Civil Veterinary Dept. Assam report 1927-50 - 1927-1950
Year: 1927
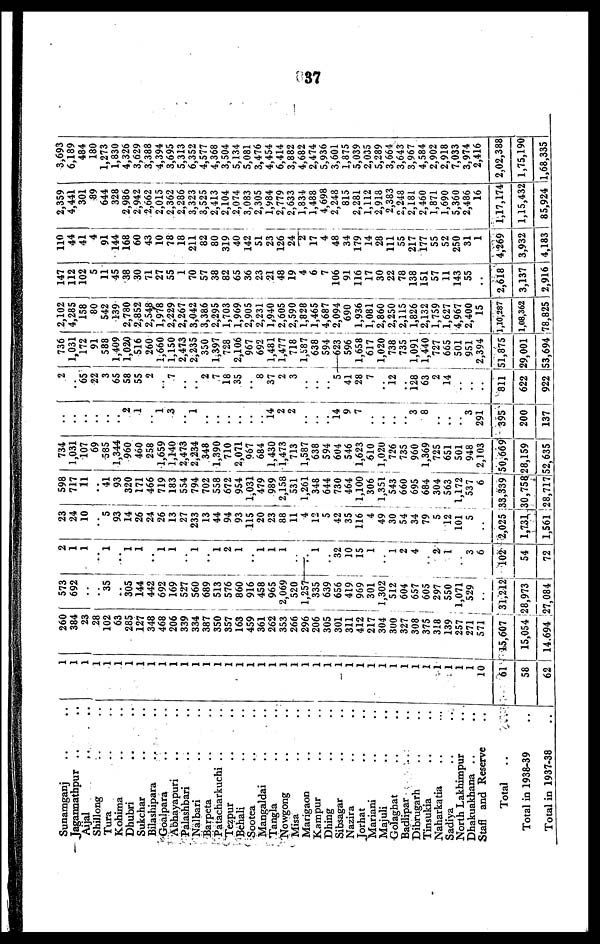
37
Sunamganj .. ..
Jagannathpur .. ..
Aijal
..
..
Shillong .. ..
Tura .. ..
Kohima .. ..
Dhubri .. ..
Sukchar .. ..
Bilashipara .. ..
Goalpara .. ..
Abhayapuri .. ..
Palashbari .. ..
Nalbari .. ..
Barpeta .. ..
Patacharkuchi .. ..
Tezpur .. ..
Behali .. ..
Sootea .. ..
Mangaldai
..
..
Tangla .. ..
Nowgong .. ..
Misa .. ..
Marigaon .. ..
Kampur .. ..
Dhing .. ..
Sibsagar .. ..
Nazira .. ..
Jorhat .. ..
Mariani .. ..
Majuli .. ..
Golagbat .. ..
Badlipar .. ..
Dibrugarh
..
..
Tinsukja
.. ..
Naharkatia
..
..
Sadiya
.. ..
North Lakhimpur
..
Dbakuakhana ..
..
Staff and Reserve ..
Total .. ..
Total in 1938-39 ..
Total in 1937-38
..
1
1
1
1
1
1
1
1
1
1
1
1
1
1
1
1
1
1
1
1
1
1
1
1
1
1
1
1
1
1
1
1
1
1
1
1
1
1
10
61
58
62
260
384
23
28
102
63
285
127
348
468
206
339
334
387
350
357
163
459
361
262
353
266
296
206
305
301
311
412
217
304
300
327
308
375
318
139
257
271
571
15,607
15,054
14.694
573
692
..
..
35
..
305
144
442
692
169
527
560
689
513
576
860
916
458
965
2,069
520
1,257
335
639
656
419
969
301
1,302
512
604
657
605
297
550
1,071
529
..
31,212
8,973
7,084
2
1
1
..
1
....
1
1
..
1
1
..
1
..
1
2
1
..
1
1
1
..
....
1
..
32
10
15
1
..
1
2
4
..
2
1
..
3
6
102
54
72
23
24
10
..
5
93
14
26
24
26
13
27
233
13
44
94
93
115
20
23
88
11
4
12
5
42
35
116
4
49
30
54
34
79
5
12
101
5
..
2,025
1,731
1,561
598
717
11
..
41
93
320
171
466
719
183
554
794
702
558
672
954
1,031
479
989
2,158
531
1,261
348
644
730
464
1,100
306
1,351
543
660
695
684
304
563
1,172
537
6
33,339
30,758
28,717
734
1,031
107
69
585
1,344
960
460
258
1,659
1,140
2,473
2,234
348
1,390
710
2,071
967
684
1,430
1,473
713
1,587
638
594
604
546
1,623
610
1,020
726
735
960
1,369
725
651
501
948
2,103
50,669
28,159
62,635
..
..
..
..
..
..
2
1
..
1
3
..
1
..
..
..
..
..
..
14 2
2
..
..
..
14
9
7
..
..
..
..
3
8
..
..
..
3
291
395
200
137
2
..
65
22
3
65
58
55
2
..
7
2
7
18
35
..
8
37
2
3
..
..
..
5
41
28
7
..
12
..
128
63
2
14
..
..
..
811
622
922
736
1,031
172
91
588
1,409
1,020
516
260
1,660
1,150
2,473
2,235
350
1,397
728
2,106
967
692
1,481
1,477
718
1,587
638
594
623
596
1,658
617
1,020
738
735
1,091
1,440
727
665
501
951
2,394
51,875
29,001
53,694
2,102
4,285
158
80
542
139
2,780
2,852
2,548
1,978
2,229
2,267
3,042
3,386
2,295
1,703
1,969
2,905
2,231
1,940
2,605
2,590
1,828
1,465
4,687
2,094
690
1,936
1,081
2,860
2,250
2,115
1,826
2,132
1,759
1,627
4,967
2,400
15
1,10,287
1,08,362
78,825
147
112
102
5
11
45
38
30
71
27
55
1
70
57
38
82
65
36
23
21
48
19
4
6
7
106
91
116
17
30
22
78
138
151
57
11
143
55
..
2,618
3,137
2,916
110
44
41
4
91
144
168
60
43
10
78
18
211
82
80
319
40
142
51
23
126
24
2
17
4
48
34
179
14
28
111
55
217
177
55
52
250
31
1
4,269
3,932
4,183
2,359
4,441
301
89
644
328
2,986
2,942
2,662
2,015
2,362
2,286
3,323
3,525
2,413
2,104
2,074
3,083
2,305
1,984
2,779
2,633
1,834
1,488
4,698
2,248
815
2,281
1,112
2,918
2,383
2,248
2,181
2,460
1,871
1,690
5,360
2,486
16
1,17,174
1,15,432
85,924
3,693
6,189
484
180
1,273
1,830
4,326
3,629
3,388
4,394
3,695
5,313
6,352
4,577
4,368
3,504
5,134
5,081
3,476
4,454
6,414
3,882
4,682
2,474
5,936
3,601
1,875
5,039
2,035
5,289
3,664
3,643
3,967
4,584
2,902
2,918
7,033
3,974
2,416
2,02,388
1,75,190
1,68,335